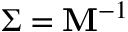
\boldsymbol { \Sigma } = \mathbf { M } ^ { - 1 }